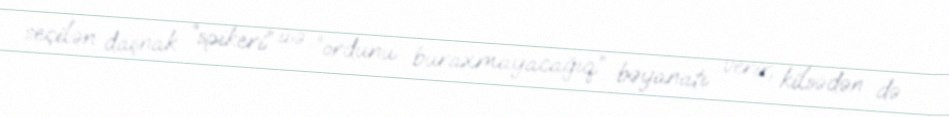
seçilən daşnak “spikeri” isə “ordunu buraxmayacağıq” bəyanatı verir, kilsədən də